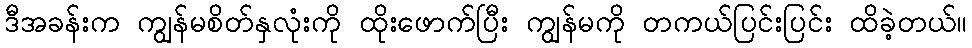
ဒီအခန်းက ကျွန်မစိတ်နှလုံးကို ထိုးဖောက်ပြီး ကျွန်မကို တကယ်ပြင်းပြင်း ထိခဲ့တယ်။